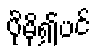
ပိုမို၍ပင်